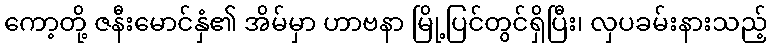
ကော့တို့ ဇနီးမောင်နှံ၏ အိမ်မှာ ဟာဗနာ မြို့ပြင်တွင်ရှိပြီး၊ လှပခမ်းနားသည့်